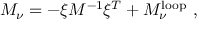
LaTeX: { \cal M } _ { \nu } = - \xi M ^ { - 1 } \xi ^ { T } + { \cal M } _ { \nu } ^ { \mathrm { l o o p } } \ ,